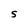
Character: S